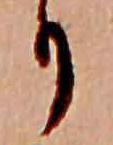
り